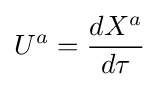
U^{a}={\frac {dX^{a}}{d\tau }}